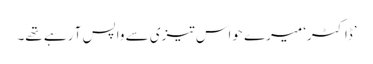
’ڈاکٹر‘ میرے حواس تیزی سے واپس آ رہے تھے۔